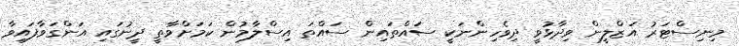
މިނިސްޓަރު އަޒްލީން ވިދާޅުވީ ދިވެހިންނަކީ ސައްތައިން ސައްތަ އިސްލާމުން ކަމަށްވާތީ ދީނުގައި އަންގަވާފައިވާ